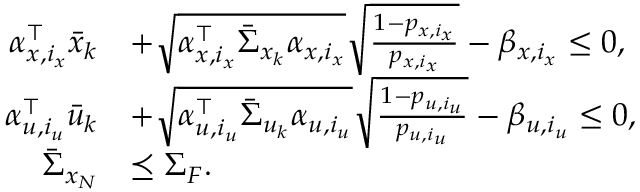
\begin{array} { r l } { \alpha _ { x , i _ { x } } ^ { \top } \bar { x } _ { k } } & { + \sqrt { \alpha _ { x , i _ { x } } ^ { \top } \bar { \Sigma } _ { x _ { k } } \alpha _ { x , i _ { x } } } \sqrt { \frac { 1 - p _ { x , i _ { x } } } { p _ { x , i _ { x } } } } - \beta _ { x , i _ { x } } \leq 0 , } \\ { \alpha _ { u , i _ { u } } ^ { \top } \bar { u } _ { k } } & { + \sqrt { \alpha _ { u , i _ { u } } ^ { \top } \bar { \Sigma } _ { u _ { k } } \alpha _ { u , i _ { u } } } \sqrt { \frac { 1 - p _ { u , i _ { u } } } { p _ { u , i _ { u } } } } - \beta _ { u , i _ { u } } \leq 0 , } \\ { \bar { \Sigma } _ { x _ { N } } } & { \preceq \Sigma _ { F } . } \end{array}